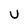
Character: U